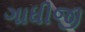
ગાધીજી